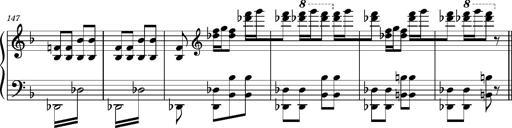
Title: Ungarischer Romanzero
Composer: Franz Liszt